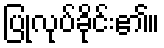
ပြုလုပ်ခိုင်း၏။